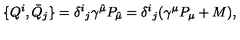
{ } \{ Q ^ { i } , \bar { Q } _ { j } \} = \delta ^ { i } { } _ { j } \gamma ^ { \hat { \mu } } P _ { \hat { \mu } } = \delta ^ { i } { } _ { j } ( \gamma ^ { \mu } P _ { \mu } + M ) ,